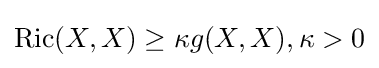
\operatorname {Ric} (X,X)\geq \kappa g(X,X),\kappa >0